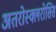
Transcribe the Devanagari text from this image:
अतरोस्क्लरोसिस